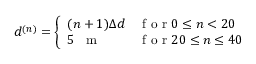
d ^ { ( n ) } = \left\{ \begin{array} { l l } { ( n + 1 ) \Delta d } & { \mathrm { ~ f ~ o ~ r ~ } 0 \leq n < 2 0 } \\ { 5 \mathrm { ~ \, ~ m ~ } } & { \mathrm { ~ f ~ o ~ r ~ } 2 0 \leq n \leq 4 0 } \end{array} \right.